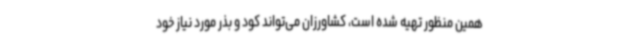
همین منظور تهیه شده است، کشاورزان می‌تواند کود و بذر مورد نیاز خود